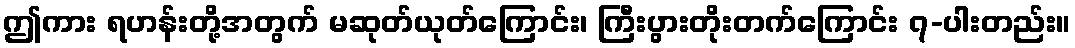
ဤကား ရဟန်းတို့အတွက် မဆုတ်ယုတ်ကြောင်း၊ ကြီးပွားတိုးတက်ကြောင်း ၇-ပါးတည်း။